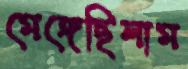
মেঙ্গেছিলাম